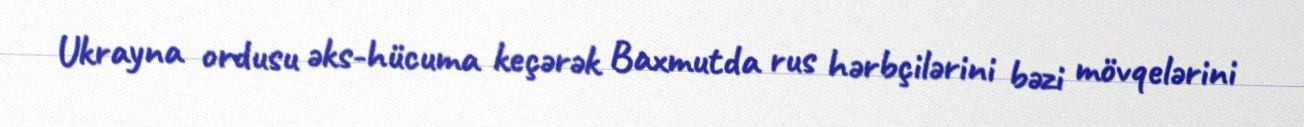
Ukrayna ordusu əks-hücuma keçərək Baxmutda rus hərbçilərini bəzi mövqelərini